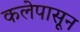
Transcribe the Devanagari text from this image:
कलेपासून